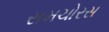
સમચોરસ